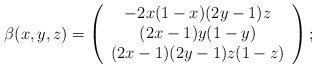
LaTeX: \begin{align*}\beta(x,y,z) = \left ( \begin{array}{c} - 2x(1-x)(2y-1)z \\ (2x-1)y(1-y) \\ (2x-1)(2y-1)z(1-z) \end{array} \right) ;\end{align*}